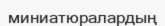
миниатюралардың